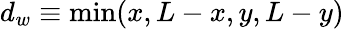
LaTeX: d_{w}\equiv\operatorname*{min}(x,L-x,y,L-y)